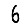
Digit: 6